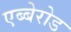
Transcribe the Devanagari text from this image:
एब्बेरोड